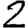
Digit: 2